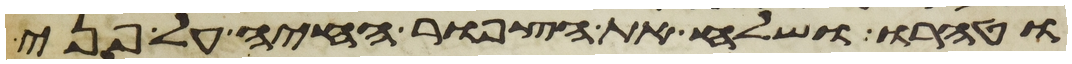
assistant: וטהרו ושלח את הצפור החיה על פני